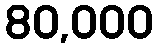
80,000